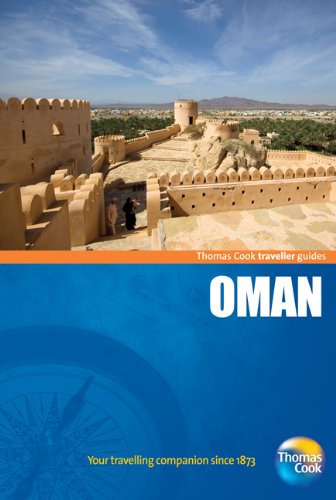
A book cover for Traveller Guides Oman, 3rd: Popular, compact guides for discovering the very best of country, regional and city destinations (Travellers - Thomas Cook); Thomas Cook Publishing; Travel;